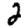
Digit: 2